Report on the bubonic plague in Bombay, 1896-1897
Year: 1896
Disease focus: Plague
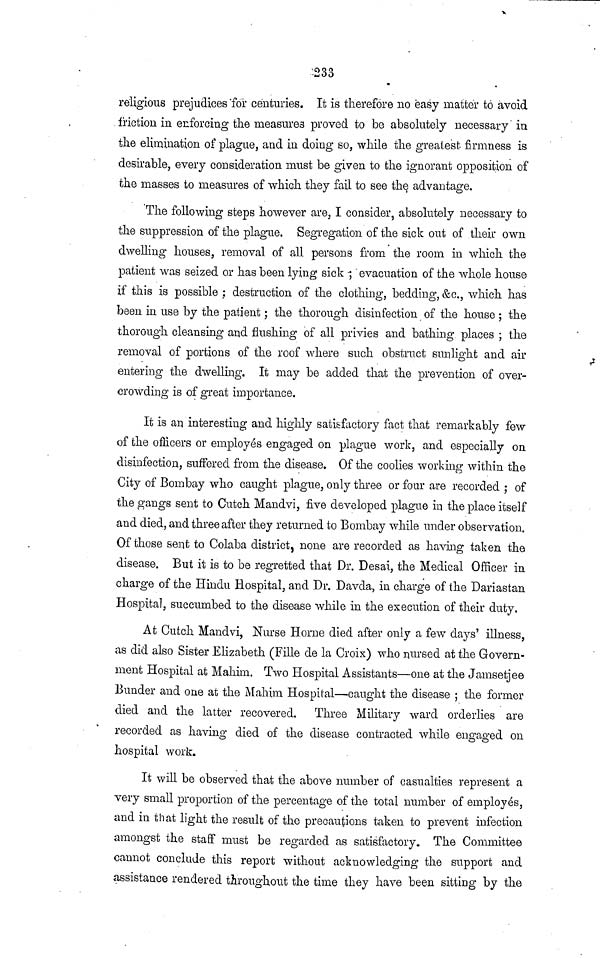
233
religious prejudices for centuries. It is therefore no easy matter to avoid
friction in enforcing the measures proved to be absolutely necessary in
the elimination of plague, and in doing so, while the greatest firmness is
desirable, every consideration must be given to the ignorant opposition of
the masses to measures of which they fail to see the advantage.
The following steps however are, I consider, absolutely necessary to
the suppression of the plague. Segregation of the sick out of their own
dwelling houses, removal of all persons from the room in which the
patient was seized or has been lying sick ; evacuation of the whole house
if this is possible ; destruction of the clothing, bedding, &c., which has
been in use by the patient ; the thorough disinfection of the house ; the
thorough cleansing and flushing of all privies and bathing places ; the
removal of portions of the roof where such obstruct sunlight and air
entering the dwelling. It may be added that the prevention of over-
crowding is of great importance.
It is an interesting and highly satisfactory fact that remarkably few
of the officers or employés engaged on plague work, and especially on
disinfection, suffered from the disease. Of the coolies working within the
City of Bombay who caught plague, only three or four are recorded ; of
the gangs sent to Cutch Mandvi, five developed plague in the place itself
and died, and three after they returned to Bombay while under observation.
Of those sent to Colaba district, none are recorded as having taken the
disease. But it is to be regretted that Dr. Desai, the Medical Officer in
charge of the Hindu Hospital, and Dr. Davda, in charge of the Dariastan
Hospital, succumbed to the disease while in the execution of their duty.
At Cutch Mandvi, Nurse Home died after only a few days' illness,
as did also Sister Elizabeth (Fille de la Croix) who nursed at the Govern-
ment Hospital at Mahim. Two Hospital Assistants—one at the Jamsetjee
Bunder and one at the Mahim Hospital—caught the disease ; the former
died and the latter recovered. Three Military ward orderlies are
recorded as having died of the disease contracted while engaged on
hospital work.
It will be observed that the above number of casualties represent a
very small proportion of the percentage of the total number of employes,
and in that light the result of the precautions taken to prevent infection
amongst the staff must be regarded as satisfactory. The Committee
cannot conclude this report without acknowledging the support and
assistance rendered throughout the time they have been sitting by the